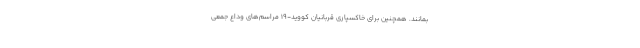
بمانند. همچنین برای خاکسپاری قربانیان کووید-۱۹ مراسم‌های وداع جمعی